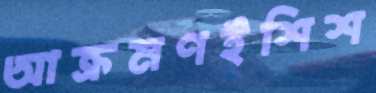
আক্রমণইশিশ